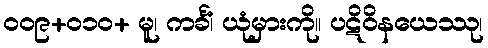
၀၀၉+၀၁၀+ မူ၊ ကင်္ခံ၊ ယုံမှားကို။ ပဋိဝိနယေဿု၊